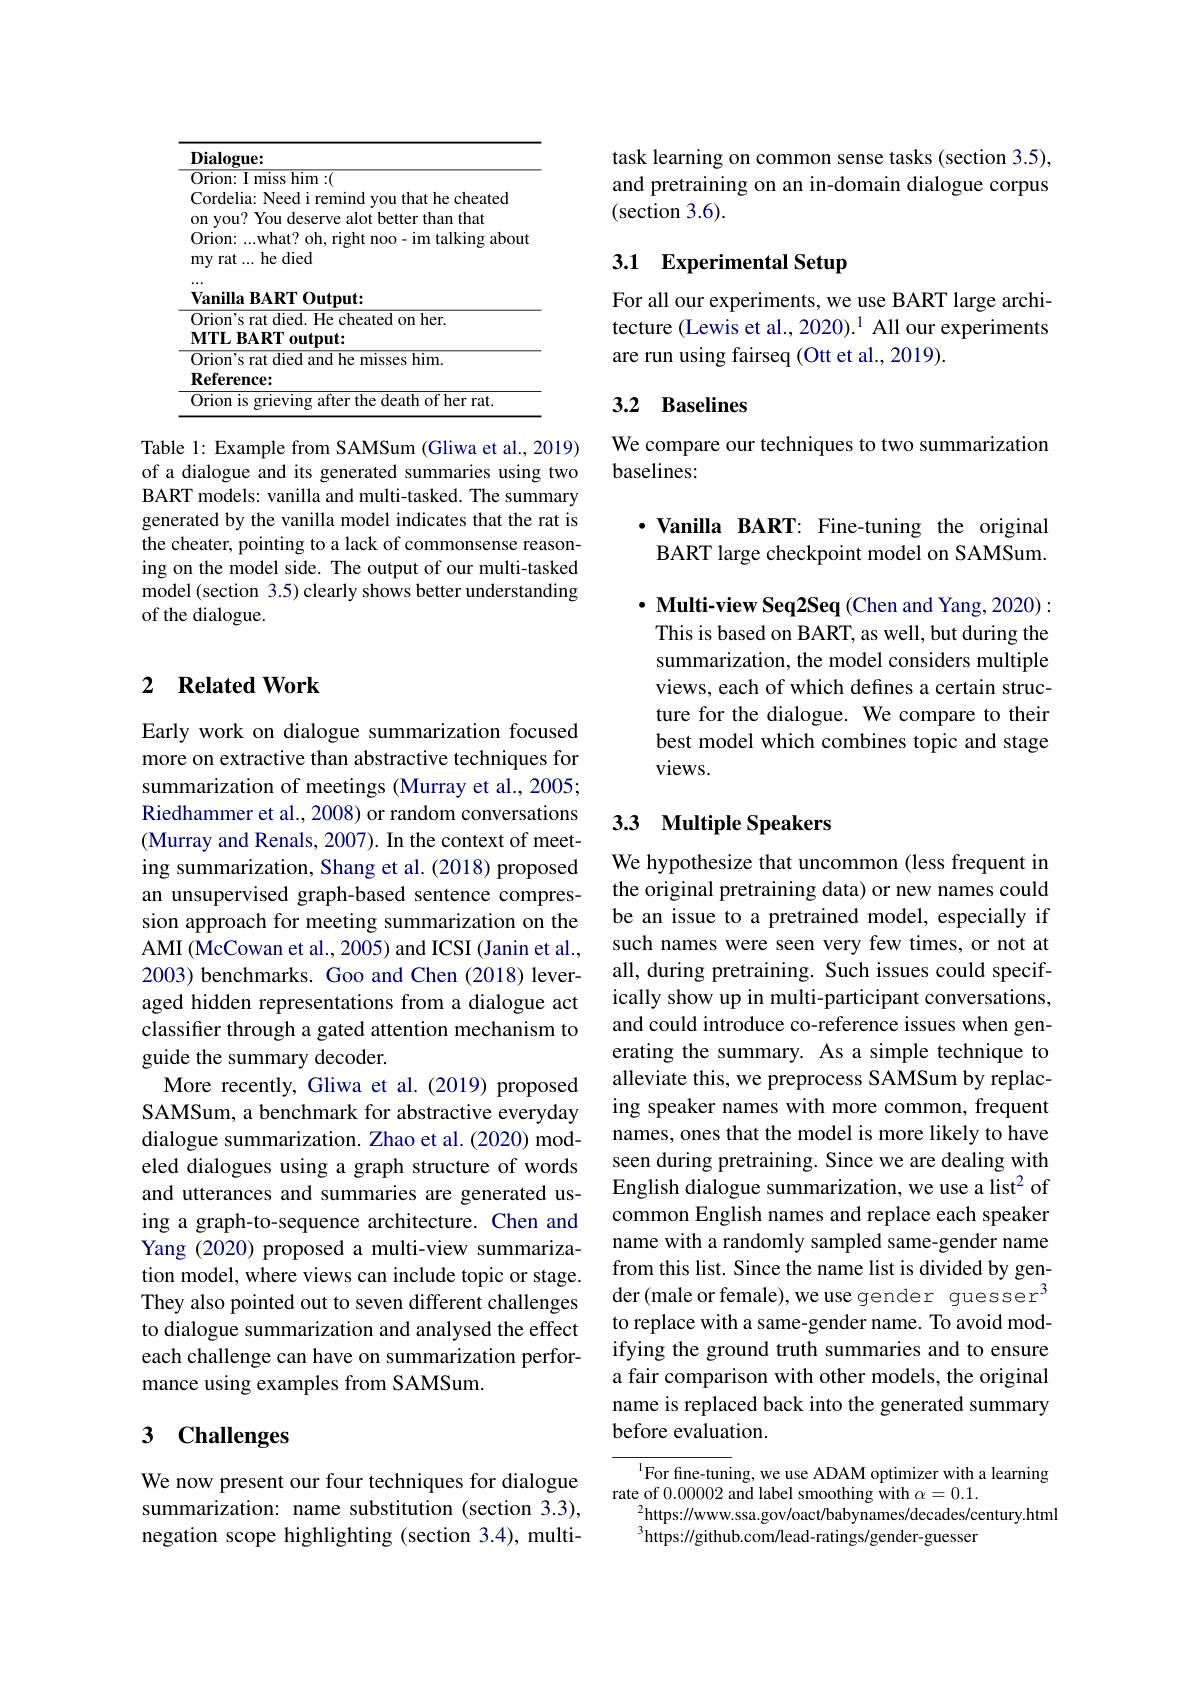
<table>
	<tbody>
		<tr>
			<td> </td>
			<td>alogue:</td>
		</tr>
		<tr>
			<td> </td>
			<td>on's rat died. He cheated on her. 121 mifs</td>
		</tr>
		<tr>
			<td> </td>
			<td>LILI vutpu on's rat died and he misses him. ference:</td>
		</tr>
		<tr>
			<td> </td>
			<td>on is grieving after the death of her rat.</td>
		</tr>
	</tbody>
</table>

Table 1: Example from SAMSum (Gliwa et al., 2019) of a dialogue and its generated summaries using two BART models: vanilla and multi-tasked. The summary generated by the vanilla model indicates that the rat is the cheater, pointing to a lack of commonsense reasoning on the model side. The output of our multi-tasked model (section 3.5) clearly shows better understanding of the dialogue.

### 2 $\textbf{Related Work}$

Early work on dialogue summarization focused more on extractive than abstractive techniques for summarization of meetings (Murray et al., 2005; Riedhammer et al., 2008) or random conversations (Murray and Renals, 2007). In the context of meeting summarization, Shang et al. (2018) proposed an unsupervised graph-based sentence compression approach for meeting summarization on the AMI (McCowan et al., 2005) and ICSI (Janin et al., 2003) benchmarks. Goo and Chen (2018) leveraged hidden representations from a dialogue act classifer through a gated attention mechanism to guide the summary decoder.
More recently, Gliwa et al.(2019) proposed SAMSum, a benchmark for abstractive everyday dialogue summarization. Zhao et al. (2020) modeled dialogues using a graph structure of words and utterances and summaries are generated using a graph-to-sequence architecture. Chen and Yang (2020) proposed a multi-view summarization model, where views can include topic or stage. They also pointed out to seven different challenges to dialogue summarization and analysed the effect each challenge can have on summarization performance using examples from SAMSum.

# 3 Challenges

We now present our four techniques for dialogue summarization: name substitution (section 3.3), negation scope highlighting (section 3.4), multi-

task learning on common sense tasks (section 3.5), and pretraining on an in-domain dialogue corpus (section 3.6).

## 3.1 Experimental Setup

For all our experiments, we use BART large architecture (Lewis et al., 2020). 1 All our experiments are run using fairseq (Ott et al., 2019).

# 3.2 Baselines

We compare our techniques to two summarization
baselines:

$\cdot$ Vanilla BART: Fine-tuning the original BART large checkpoint model on SAMSum.

$\cdot$ Multi-view Seq2Seq(Chen and Yang, 2020): This is based on BART, as well, but during the summarization, the model considers multiple views, each of which defines a certain structure for the dialogue. We compare to their best model which combines topic and stage views.

## 3.3 Multiple Speakers

We hypothesize that uncommon (less frequent in the original pretraining data) or new names could be an issue to a pretrained model, especially if such names were seen very few times, or not at all, during pretraining. Such issues could specifically show up in multi-participant conversations, and could introduce co-reference issues when generating the summary. As a simple technique to alleviate this, we preprocess SAMSum by replacing speaker names with more common, frequent names, ones that the model is more likely to have seen during pretraining. Since we are dealing with English dialogue summarization, we use a list$^{2}$ of common English names and replace each speaker name with a randomly sampled same-gender name from this list. Since the name list is divided by gender(male or female),we use gender guesser$^3$ to replace with a same-gender name. To avoid modifying the ground truth summaries and to ensure a fair comparison with other models, the original name is replaced back into the generated summary before evaluation.

${^{1}\text{For fine-tuning, we use ADAM optimizer with a learning}}$
rate of 0.00002 and label smoothing with $\alpha=0.1.$
$^2$https://www.ssa.gov/oact/babynames/decades/century.html
$^{3}$https://github.com/lead-ratings/gender-guesser